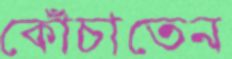
কোঁচাতেন